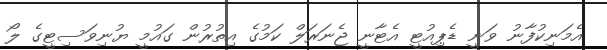
އެމަނިކުފާނު ވަނީ ޑެޕިއުޓީ އެޓާނީ ޖެނަރަލް ކަމުގެ އިތުރުން ގައުމީ ޔުނިވަސިޓީގެ ލޯ